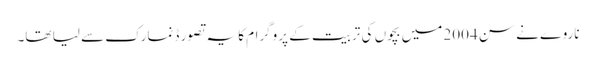
ناروے نے سن 2004 میں بچوں کی تربیت کے پروگرام کا یہ تصور ڈنمارک سے لیا تھا۔